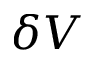
\delta V